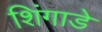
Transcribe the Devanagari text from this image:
शिंगाडे